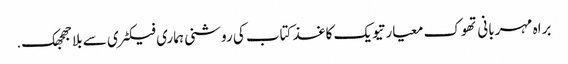
براہ مہربانی تھوک معیار تیویک کاغذ کتاب کی روشنی ہماری فیکٹری سے بلا جھجھک.